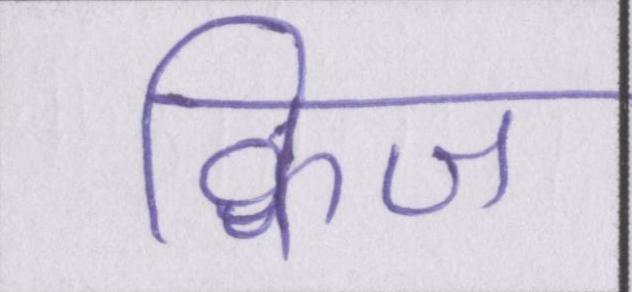
क्विज